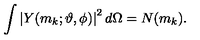
\int \left| Y ( m _ { k } ; \vartheta , \phi ) \right| ^ { 2 } d \Omega = N ( m _ { k } ) .